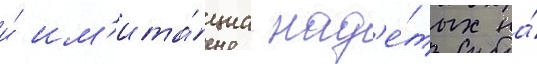
и́ им'ита́циа над'е́тых на́